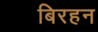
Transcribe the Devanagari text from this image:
बिरहन